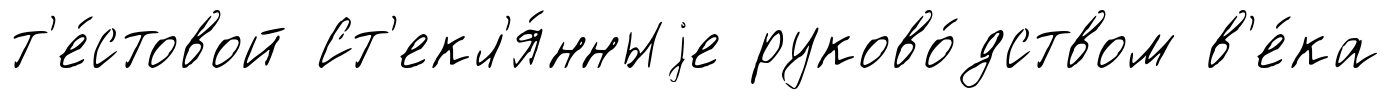
т'е́стовой Ст'екл'я́нныjе руково́дством в'е́ка